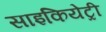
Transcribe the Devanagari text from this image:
साइकियेट्री